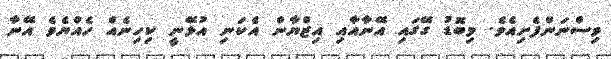
ވިސްނަންފެށިއެވެ. މިބޮޑު ގޭގައި އޭނާއާއި އިޒްޔާން އެކަނި އުޅޭނީ ކިހިނެއް ހެއްޔެވެ އޭނާ